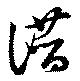
譛